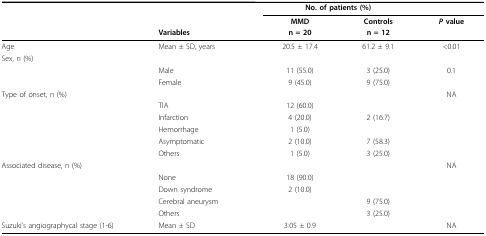
<table><thead><tr><td></td><td></td><td colspan="2"><b>No. of patients (%)</b></td><td></td></tr><tr><td></td><td></td><td><b>MMD</b></td><td><b>Controls</b></td><td><b><i>P </i>value</b></td></tr><tr><td></td><td><b>Variables</b></td><td><b>n = 20</b></td><td><b>n = 12</b></td><td></td></tr></thead><tbody><tr><td>Age</td><td>Mean ± SD, years</td><td>20.5 ± 17.4</td><td>61.2 ± 9.1</td><td>&lt;0.01</td></tr><tr><td>Sex, n (%)</td><td></td><td></td><td></td><td></td></tr><tr><td></td><td>Male</td><td>11 (55.0)</td><td>3 (25.0)</td><td>0.1</td></tr><tr><td></td><td>Female</td><td>9 (45.0)</td><td>9 (75.0)</td><td></td></tr><tr><td>Type of onset, n (%)</td><td></td><td></td><td></td><td>NA</td></tr><tr><td></td><td>TIA</td><td>12 (60.0)</td><td></td><td></td></tr><tr><td></td><td>Infarction</td><td>4 (20.0)</td><td>2 (16.7)</td><td></td></tr><tr><td></td><td>Hemorrhage</td><td>1 (5.0)</td><td></td><td></td></tr><tr><td></td><td>Asymptomatic</td><td>2 (10.0)</td><td>7 (58.3)</td><td></td></tr><tr><td></td><td>Others</td><td>1 (5.0)</td><td>3 (25.0)</td><td></td></tr><tr><td>Associated disease, n (%)</td><td></td><td></td><td></td><td>NA</td></tr><tr><td></td><td>None</td><td>18 (90.0)</td><td></td><td></td></tr><tr><td></td><td>Down syndrome</td><td>2 (10.0)</td><td></td><td></td></tr><tr><td></td><td>Cerebral aneurysm</td><td></td><td>9 (75.0)</td><td></td></tr><tr><td></td><td>Others</td><td></td><td>3 (25.0)</td><td></td></tr><tr><td>Suzuki&#x27;s angiographycal stage (1-6)</td><td>Mean ± SD</td><td>3.05 ± 0.9</td><td></td><td>NA</td></tr></tbody></table>